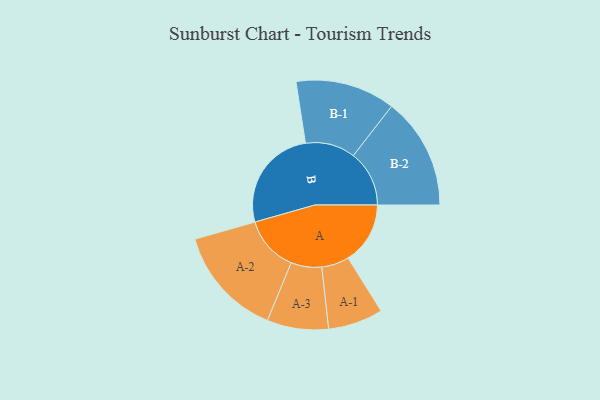
{"axis": {"x": "Segment", "y": "Value"}, "legend": ["", "A", "B"], "data": [{"x": "A", "y": 269, "type": ""}, {"x": "B", "y": 450, "type": ""}, {"x": "A-1", "y": 119, "type": "A"}, {"x": "A-2", "y": 240, "type": "A"}, {"x": "A-3", "y": 133, "type": "A"}, {"x": "B-1", "y": 216, "type": "B"}, {"x": "B-2", "y": 242, "type": "B"}]}